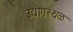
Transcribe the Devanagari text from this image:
उद्योगस्थळ